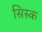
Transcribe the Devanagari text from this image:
सिस्क